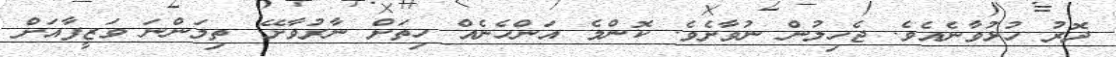
ދޮރު ހުޅުވާނެއެވެ. ޖެހިލުން ނުވާށެވެ. ކޮންމެ އަންހެނެއް ހިތަށް ނާރުވާށޭ. ތިމަންނަ ވަޒީފާއަށް